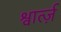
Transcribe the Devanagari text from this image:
श्वार्त्ज़